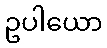
ဥပါယော